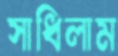
সাধিলাম